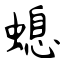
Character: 螅